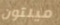
ميلتون